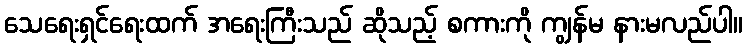
သေရေးရှင်ရေးထက် အရေးကြီးသည် ဆိုသည့် စကားကို ကျွန်မ နားမလည်ပါ။